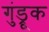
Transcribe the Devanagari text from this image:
गुंड्रूक